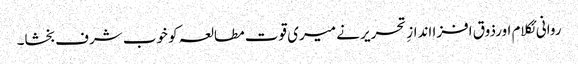
روانی ئکلام اورذوق افزا اندازِ تحریر نے میری قوت مطالعہ کو خوب شرف بخشا۔